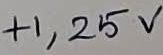
Text: +1,25V